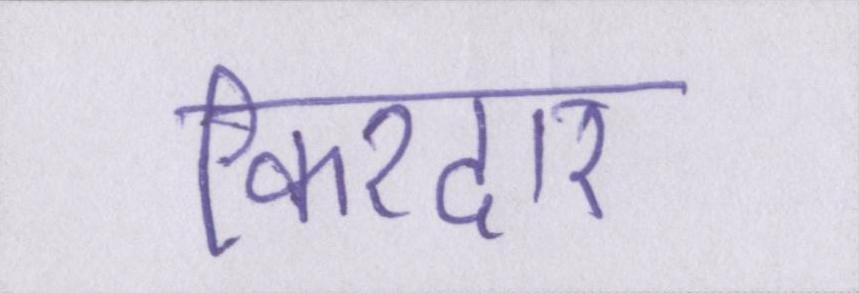
किरदार